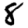
Digit: 8